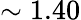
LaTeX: \sim 1.40